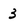
Character: 3